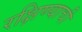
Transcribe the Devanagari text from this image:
रक्षिण्याची